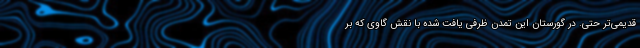
قدیمی‌تر حتی. در گورستان این تمدن ظرفی یافت شده با نقش گاوی که بر